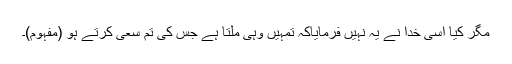
مگر کیا اسی خدا نے یہ نہیں فرمایاکہ تمہیں وہی ملتا ہے جس کی تم سعی کرتے ہو (مفہوم)۔